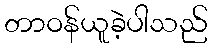
တာဝန်ယူခဲ့ပါသည်